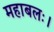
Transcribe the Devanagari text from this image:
महाबलः।